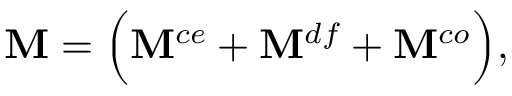
\mathbf { M } = \Big ( \mathbf { M } ^ { c e } + \mathbf { M } ^ { d f } + \mathbf { M } ^ { c o } \Big ) ,